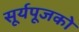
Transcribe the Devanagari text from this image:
सूर्यपूजको